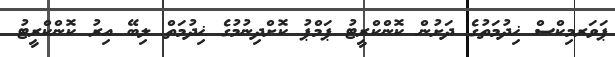
ޕަވަރމިކްސް ޚިދުމަތުގެ ދަށުން ކޮންކްރީޓު ޕަމްޕު ކޮށްދިނުމުގެ ޚިދުމަތް ލިބޭ އިރު ކޮންކްރީޓު